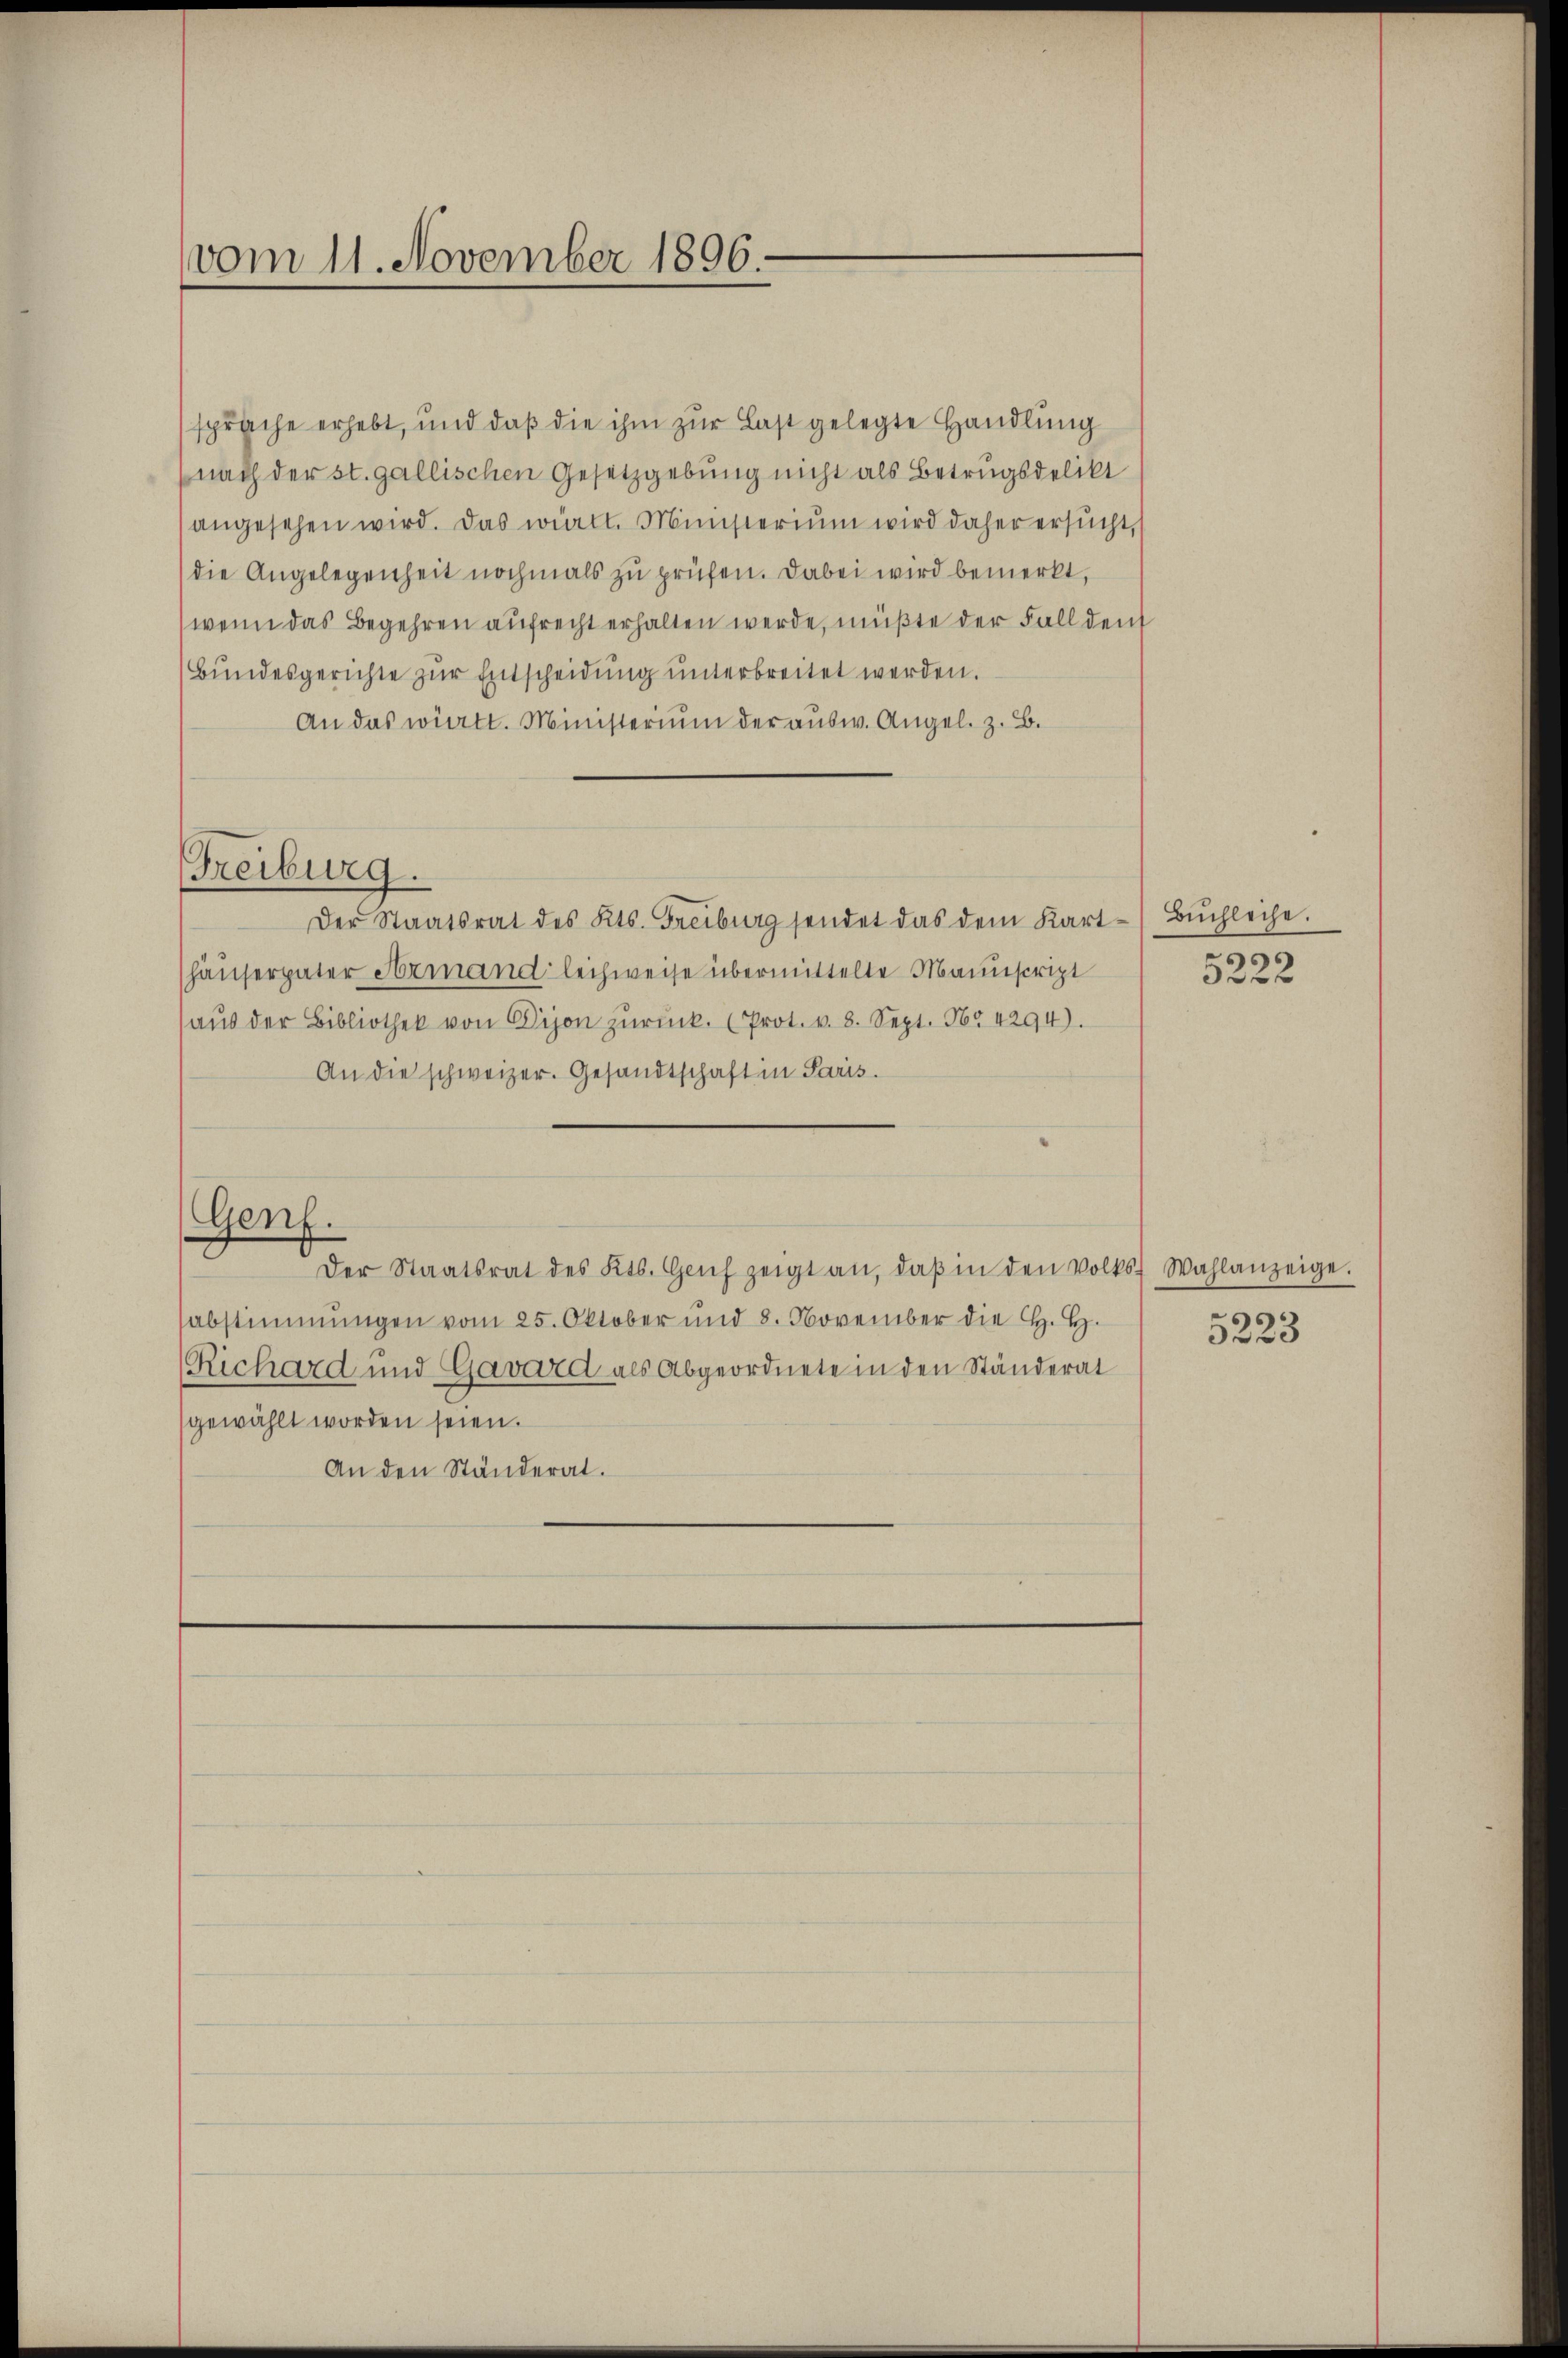
vom 11. November 1896.

spräche erhebt, und daß die ihm zur Last gelegte Handlung
nach der st. gallischen Gesetzgebung nicht als Betrugsdelikt
angesehen wird. Das württ. Ministerium wird daher ersucht,
die Angelegenheit nochmals zu prüfen. Dabei wird bemerkt,
wenn das Begehren aufrecht erhalten werde, müßte der Fall den
Bundesgerichte zur Entscheidung unterbreitet werden.
An das württ. Ministerium der ausw. Angel. z. B.
Der Staatsrat des Kts. Freiburg sendet das dem Kart- Bŭchleihe.
häuserpater Armandleihweise übermittelte Manuscript
aus der Bibliothek von Dion zŭrück. (Prot. v. 8. Sept. 1654294).
An die schweizer. Gesandtschaft in Paris.
Genf.
Der Staatsrat des Kts. Genf zeigt an, daβ in den Volks Wahlanzeige.
sabstimmungen vom 25. Oktober und 8. November die H. H.
Richard und Gavard als Abgeordnete in den Ständerat
gewählt worden seien.
An den Ständerat.

Freiburg.

5
0xx

5223